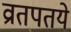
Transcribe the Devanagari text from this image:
व्रातपतये